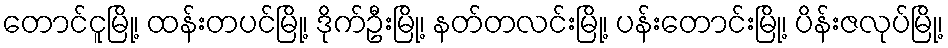
တောင်ငူမြို့၊ ထန်းတပင်မြို့၊ ဒိုက်ဦးမြို့၊ နတ်တလင်းမြို့၊ ပန်းတောင်းမြို့၊ ပိန်းဇလုပ်မြို့၊